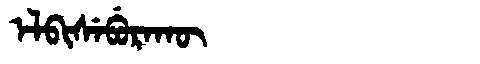
Manchu: ᡝᠯᠪᡳᠰᡝᠪᡠᡵᠠᡴᡡ
Romanization: ELBISEBURAKŪ